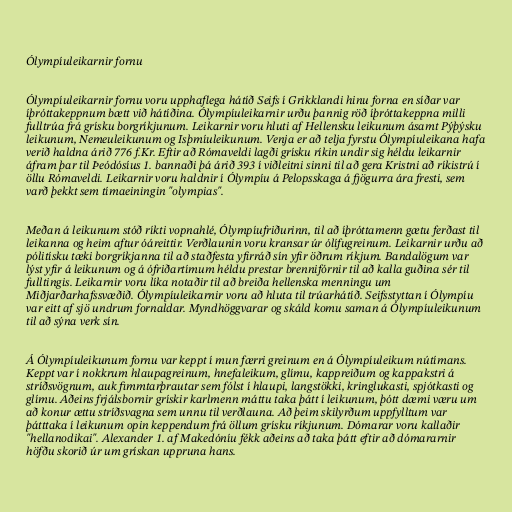
Ólympíuleikarnir fornu

Ólympíuleikarnir fornu voru upphaflega hátíð Seifs í Grikklandi hinu forna en síðar var
íþróttakeppnum bætt við hátíðina. Ólympíuleikarnir urðu þannig röð íþróttakeppna milli
fulltrúa frá grísku borgríkjunum. Leikarnir voru hluti af Hellensku leikunum ásamt Pýþýsku
leikunum, Nemeuleikunum og Isþmíuleikunum. Venja er að telja fyrstu Ólympíuleikana hafa
verið haldna árið 776 f.Kr. Eftir að Rómaveldi lagði grísku ríkin undir sig héldu leikarnir
áfram þar til Þeódósíus 1. bannaði þá árið 393 í viðleitni sinni til að gera Kristni að ríkistrú í
öllu Rómaveldi. Leikarnir voru haldnir í Ólympíu á Pelopsskaga á fjögurra ára fresti, sem
varð þekkt sem tímaeiningin "olympias".

Meðan á leikunum stóð ríkti vopnahlé, Ólympíufriðurinn, til að íþróttamenn gætu ferðast til
leikanna og heim aftur óáreittir. Verðlaunin voru kransar úr ólífugreinum. Leikarnir urðu að
pólitísku tæki borgríkjanna til að staðfesta yfirráð sín yfir öðrum ríkjum. Bandalögum var
lýst yfir á leikunum og á ófriðartímum héldu prestar brennifórnir til að kalla guðina sér til
fulltingis. Leikarnir voru líka notaðir til að breiða hellenska menningu um
Miðjarðarhafssvæðið. Ólympíuleikarnir voru að hluta til trúarhátíð. Seifsstyttan í Ólympíu
var eitt af sjö undrum fornaldar. Myndhöggvarar og skáld komu saman á Ólympíuleikunum
til að sýna verk sín.

Á Ólympíuleikunum fornu var keppt í mun færri greinum en á Ólympíuleikum nútímans.
Keppt var í nokkrum hlaupagreinum, hnefaleikum, glímu, kappreiðum og kappakstri á
stríðsvögnum, auk fimmtarþrautar sem fólst í hlaupi, langstökki, kringlukasti, spjótkasti og
glímu. Aðeins frjálsbornir grískir karlmenn máttu taka þátt í leikunum, þótt dæmi væru um
að konur ættu stríðsvagna sem unnu til verðlauna. Að þeim skilyrðum uppfylltum var
þátttaka í leikunum opin keppendum frá öllum grísku ríkjunum. Dómarar voru kallaðir
"hellanodikai". Alexander 1. af Makedóníu fékk aðeins að taka þátt eftir að dómararnir
höfðu skorið úr um grískan uppruna hans.